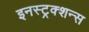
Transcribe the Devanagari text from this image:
इनस्ट्रक्शन्स